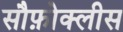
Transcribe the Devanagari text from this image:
सौफ़ोक्लीस